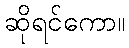
ဆိုရင်ကော။